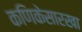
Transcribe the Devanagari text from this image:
कणिकेसारखा